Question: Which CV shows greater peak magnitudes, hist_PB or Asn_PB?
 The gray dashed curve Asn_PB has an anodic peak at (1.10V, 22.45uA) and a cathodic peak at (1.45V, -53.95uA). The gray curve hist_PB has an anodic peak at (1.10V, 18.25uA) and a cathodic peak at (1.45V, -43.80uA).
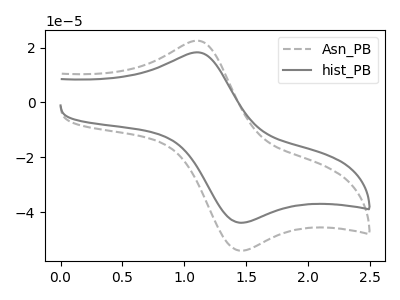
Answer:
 <answer>Every peak in "hist_PB" is lower than every peak in "Asn_PB".</answer>
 <eval>lower</eval>